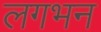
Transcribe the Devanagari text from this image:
लगभन